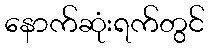
နောက်ဆုံးရက်တွင်